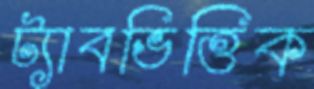
ট্যাবভিত্তিক